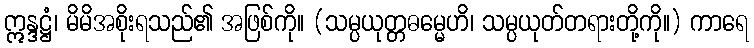
ဣန္ဒဋ္ဌံ၊ မိမိအစိုးရသည်၏ အဖြစ်ကို။ (သမ္ပယုတ္တဓမ္မေဟိ၊ သမ္ပယုတ်တရားတို့ကို။) ကာရေ